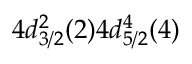
4 d _ { 3 / 2 } ^ { 2 } ( 2 ) 4 d _ { 5 / 2 } ^ { 4 } ( 4 )